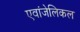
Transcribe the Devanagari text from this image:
एवांजेलिकल